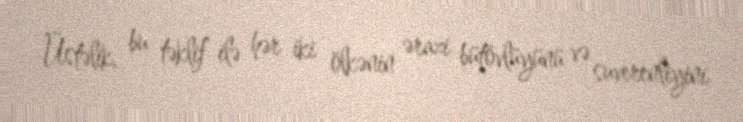
Üstəlik, bu təklif ilə hər iki ölkənin ərazi bütövlüyünü və suverenliyini